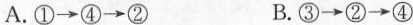
A. ①\rightarrow ④\rightarrow ② B. ③\rightarrow ②\rightarrow ④